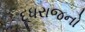
દૂધરાજનો